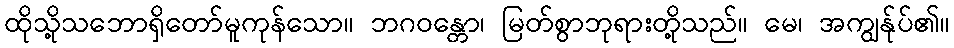
ထိုသို့သဘောရှိတော်မူကုန်သော။ ဘဂဝန္တော၊ မြတ်စွာဘုရားတို့သည်။ မေ၊ အကျွန်ုပ်၏။